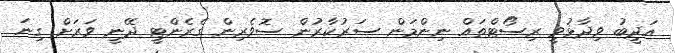
އަދީބު ވިދާޅުވީ ރިސޯޓްތައް ނިންމަން ސަރުކާރުން ސޮވެރިން ގެރެންޓީ ދޭނީ ވަރަށް ގިނަ